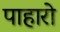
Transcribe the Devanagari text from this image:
पाहारो